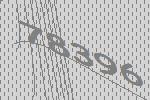
78396